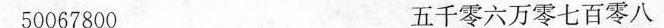
50067800 五千零六万零七百零八